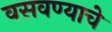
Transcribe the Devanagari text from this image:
वसवण्याचे